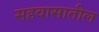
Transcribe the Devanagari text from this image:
सहवासातील